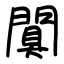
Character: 闃